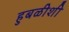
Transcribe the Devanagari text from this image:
हुबळीशी